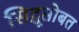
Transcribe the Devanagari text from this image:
सिद्धूसोबत